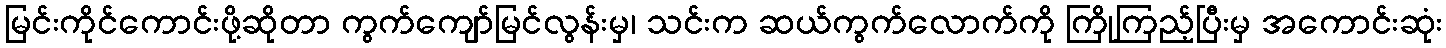
မြင်းကိုင်ကောင်းဖို့ဆိုတာ ကွက်ကျော်မြင်လွန်းမှ၊ သင်းက ဆယ်ကွက်လောက်ကို ကြိုကြည့်ပြီးမှ အကောင်းဆုံး